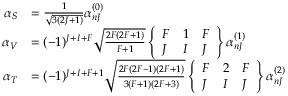
\begin{array} { r l } { \alpha _ { S } } & { = \frac { 1 } { \sqrt { 3 ( 2 J + 1 ) } } \alpha _ { n J } ^ { ( 0 ) } } \\ { \alpha _ { V } } & { = ( - 1 ) ^ { J + I + F } \sqrt { \frac { 2 F ( 2 F + 1 ) } { F + 1 } } \left\{ \begin{array} { l l l } { F } & { 1 } & { F } \\ { J } & { I } & { J } \end{array} \right\} \alpha _ { n J } ^ { ( 1 ) } } \\ { \alpha _ { T } } & { = ( - 1 ) ^ { J + I + F + 1 } \sqrt { \frac { 2 F ( 2 F - 1 ) ( 2 F + 1 ) } { 3 ( F + 1 ) ( 2 F + 3 ) } } \left\{ \begin{array} { l l l } { F } & { 2 } & { F } \\ { J } & { I } & { J } \end{array} \right\} \alpha _ { n J } ^ { ( 2 ) } } \end{array}